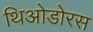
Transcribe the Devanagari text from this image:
थिओडोरस